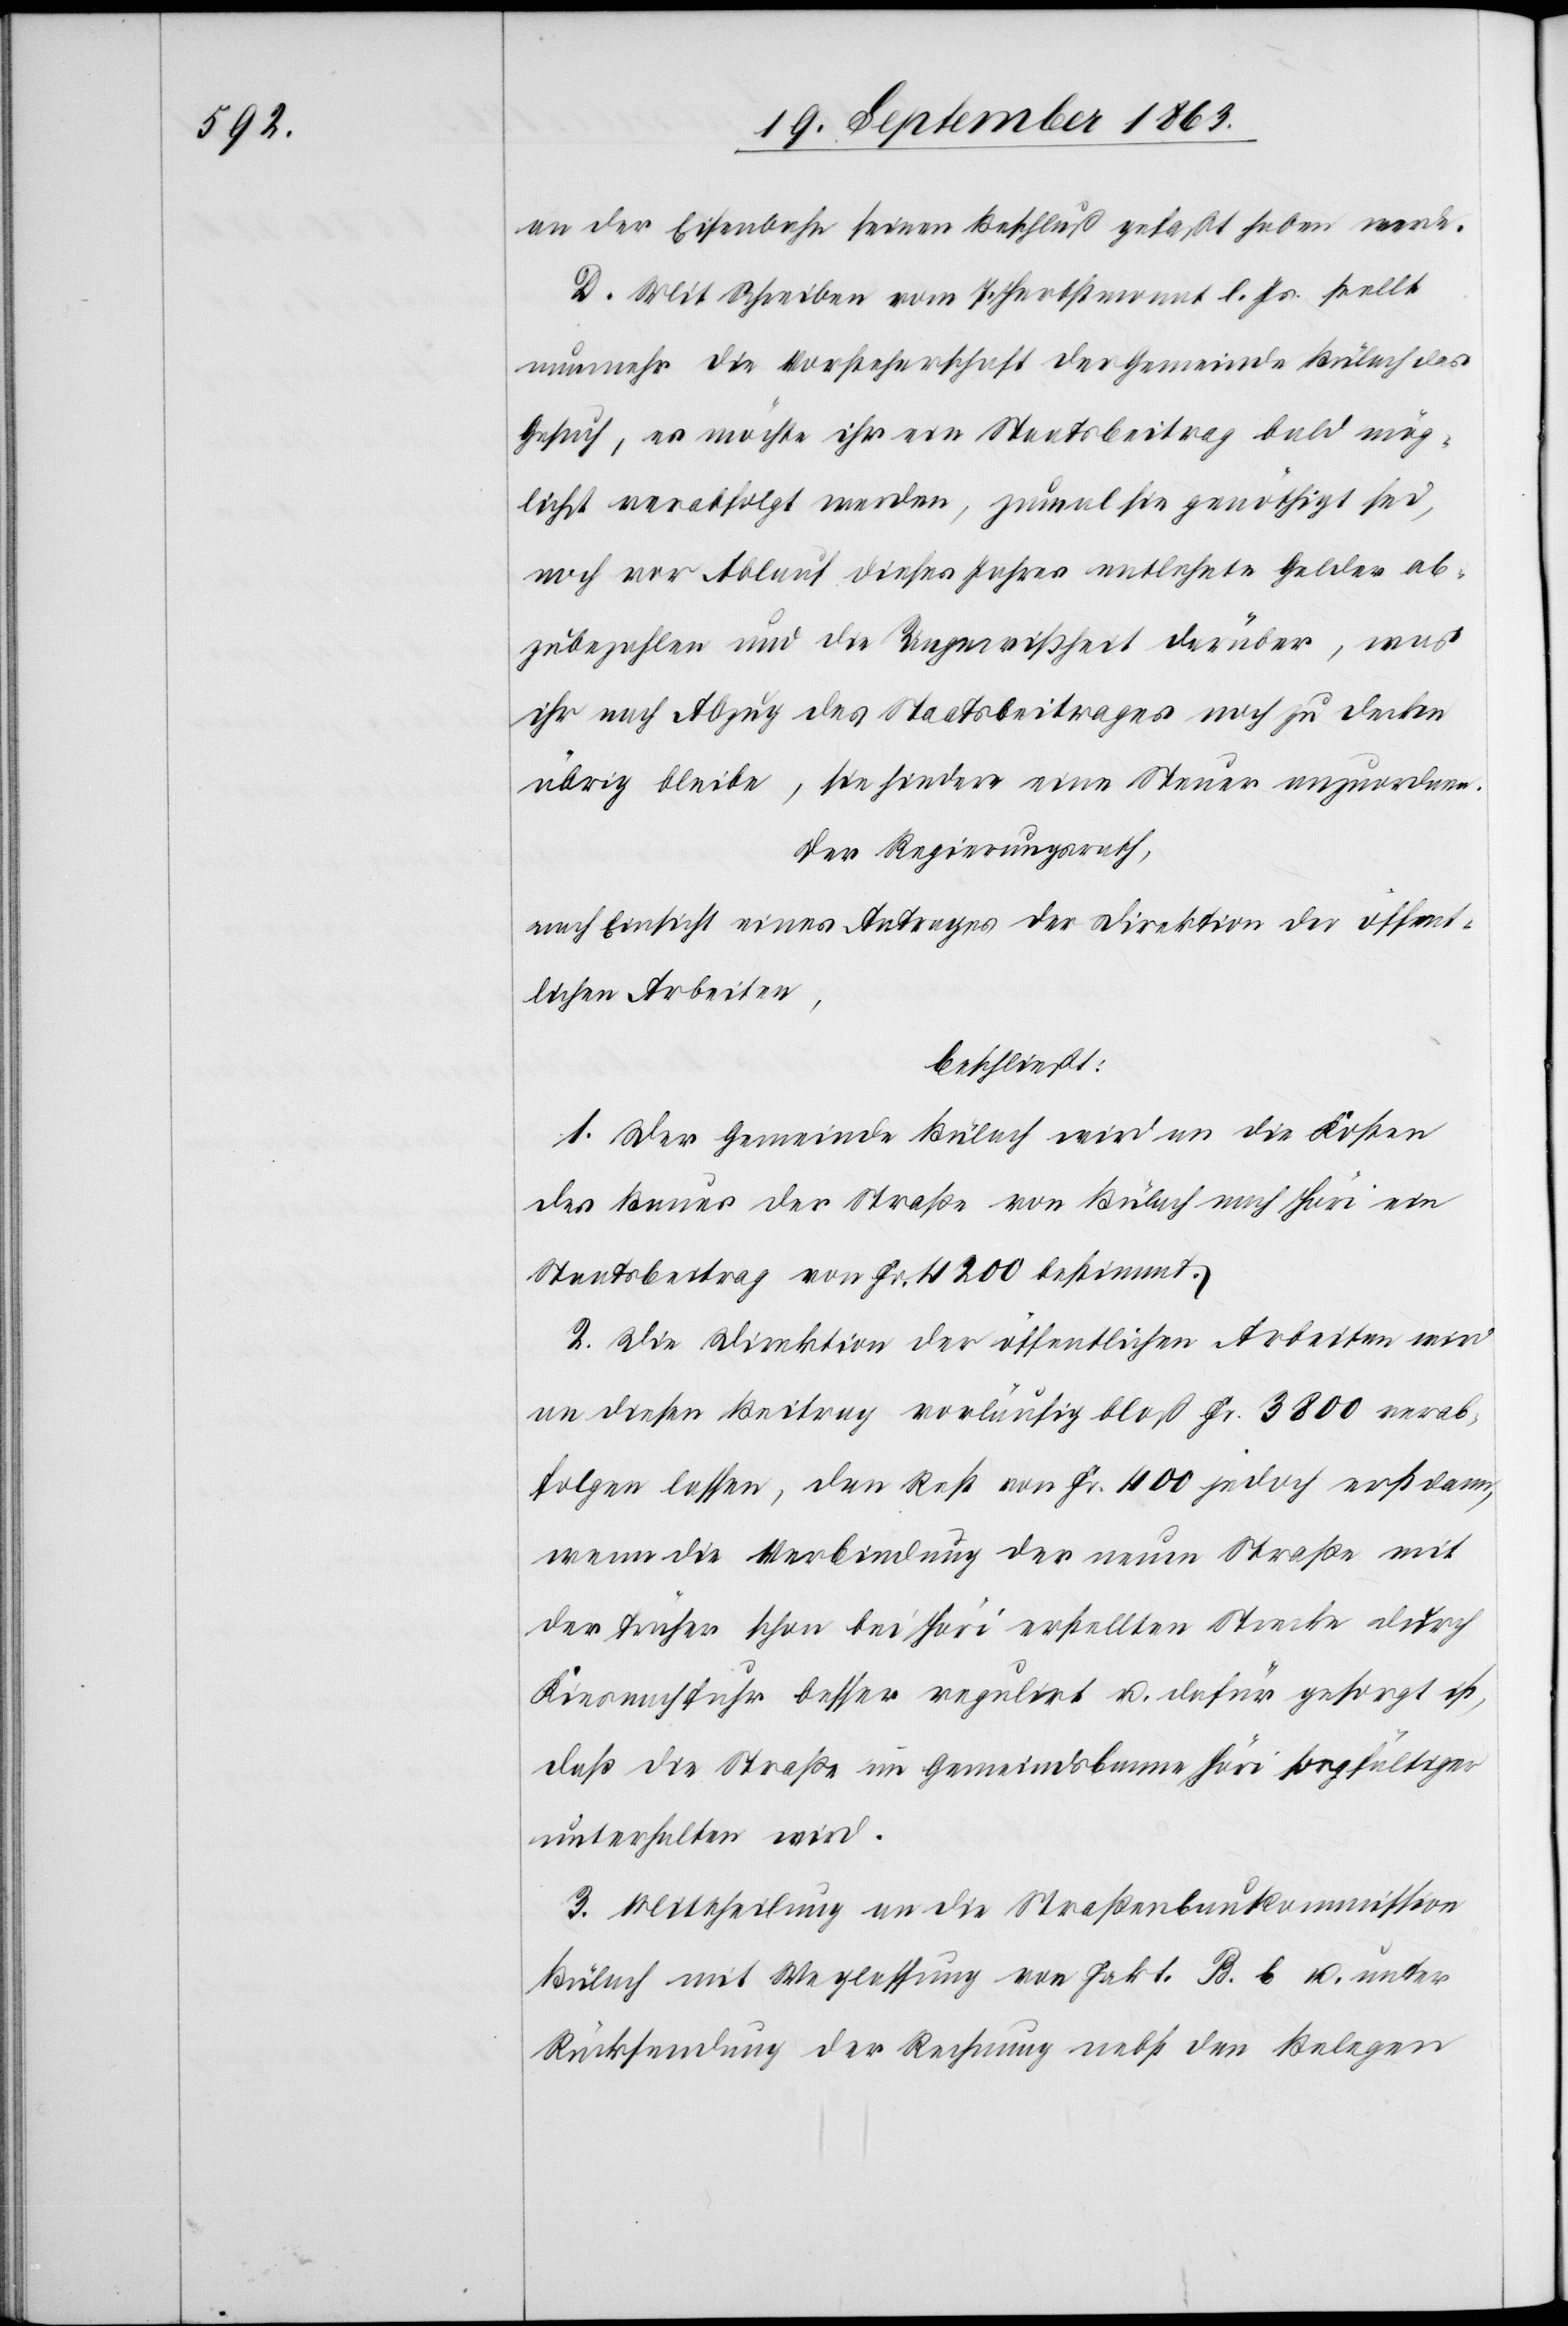
an der Eisenbahn seinen Beschluß gefaßt haben werde.
D. Mit Schreiben vom 7. Herbstmonat l. Js. stellt
nunmehr die Vorsteherschaft der Gemeinde Bülach das
Gesuch, es möchte ihr ein Staatsbeitrag bald mög¬
lichst verabfolgt werden, zumal sie genöthigt sei,
noch vor Ablauf dieses Jahres entlehnte Gelder ab¬
zubezahlen und die Ungewißheit darüber, was
ihr nach Abzug des Staatsbeitrages noch zu decken
übrig bleibe, sie hindere eine Steuer anzuordnen.
Der Regierungsrath,
nach Einsicht eines Antrages der Direktion der öffent¬
lichen Arbeiten,
beschließt:
1. Der Gemeinde Bülach wird an die Kosten
des Baues der Straße von Bülach nach Höri ein
Staatsbeitrag von Fr. 4200 bestimmt.
2. Die Direktion der öffentlichen Arbeiten wird
an diesen Beitrag vorläufig bloß Fr. 3800 verab¬
folgen lassen, den Rest von Fr. 400 jedoch erst dann,
wenn die Verbindung der neuen Straße mit
der früher schon bei Höri erstellten Strecke durch
Kiesnachfuhr besser regulirt u. dafür gesorgt ist,
daß die Straße im Gemeindsbanne Höri sorgfältiger
unterhalten wird.
3. Mittheilung an die Straßenbaukommission
Bülach mit Weglassung von Fakt. B. b unter
Rücksendung der Rechnung nebst den Belegen